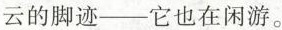
云的脚迹——它也在闲游。